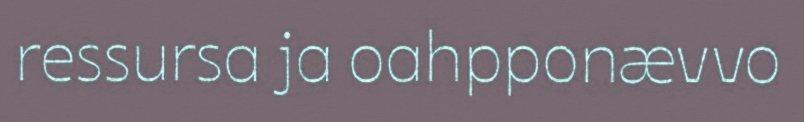
ressursa ja oahpponævvo